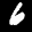
Label: 6